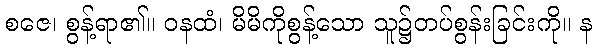
စဇေ၊ စွန့်ရာ၏။ ဝနထံ၊ မိမိကိုစွန့်သော သူ၌တပ်စွန်းခြင်းကို။ န